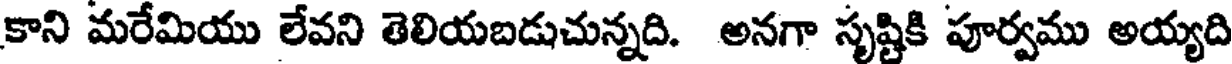
కాని మరేమియు లేవని తెలియబడుచున్నది. అనగా సృష్టికి పూర్వము అయ్యది